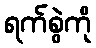
ရက်စွဲကို